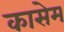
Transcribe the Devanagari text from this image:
कासेम